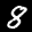
Digit: 8